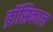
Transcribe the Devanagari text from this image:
ब्रॉसिकाल